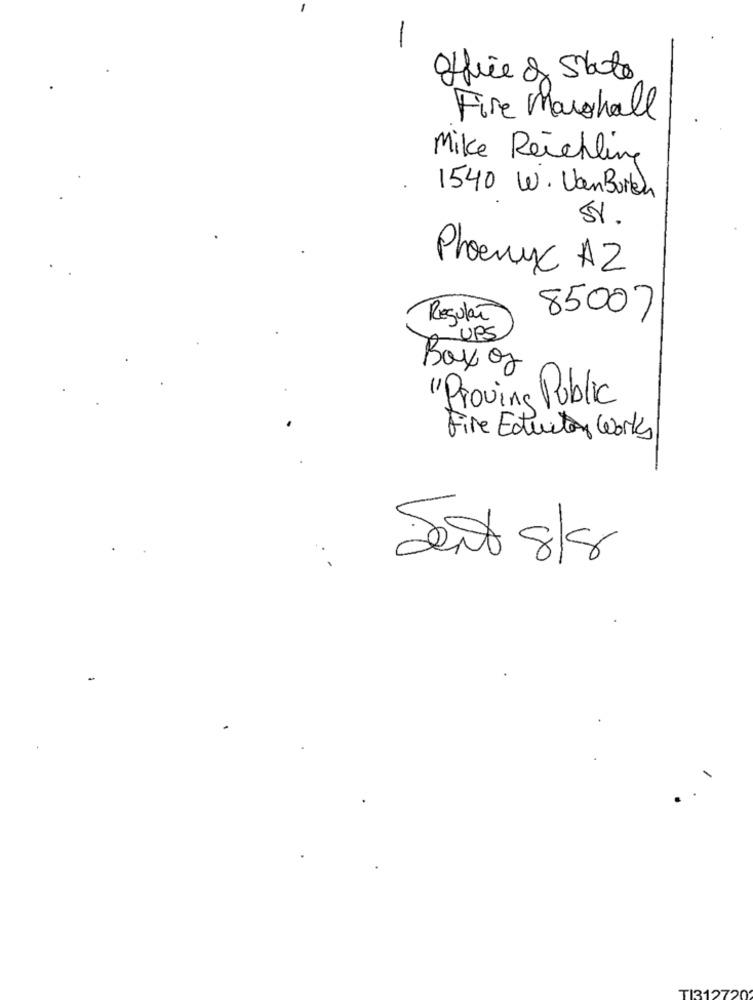
-
Office of State
Fire Marshall
Mike Reichling
1540 W. VanBuren
5%.
Pheny A2
85007
Regular
UPS
Boxog
"Proving Public
Fire Eductor Works
Sent 8/8
TI312720